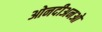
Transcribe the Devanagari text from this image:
ओनदीअनओ